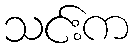
သင်းက